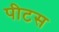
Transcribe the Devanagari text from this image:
पीटस